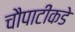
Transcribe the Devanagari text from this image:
चौपाटीकडे